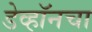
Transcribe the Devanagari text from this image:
डेव्हॉनचा